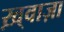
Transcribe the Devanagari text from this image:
ख़्वाज़ा